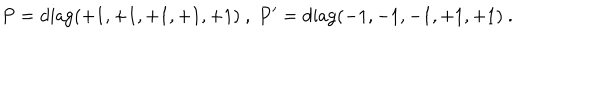
P = \mathrm { d i a g } ( + 1 , + 1 , + 1 , + 1 , + 1 ) ~ , ~ P ^ { \prime } = \mathrm { d i a g } ( - 1 , - 1 , - 1 , + 1 , + 1 ) ~ . ~ \,